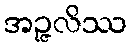
အဉ္ဇလိဿ